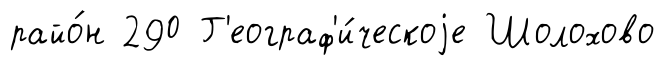
райо́н 290 Г'еограф'и́ческоjе Шолохово